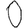
Digit: 0